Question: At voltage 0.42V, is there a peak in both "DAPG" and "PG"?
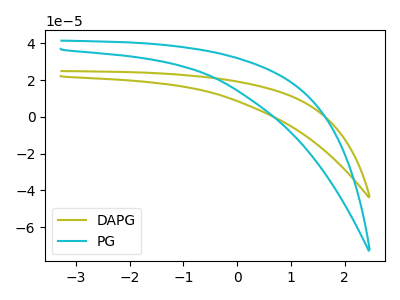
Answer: <think>The olive curve "DAPG" has no peaks. The cyan curve "PG" has no peaks.</think>
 <answer>No, "DAPG" and "PG" dont share a peak at 0.42V.</answer>
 <eval>mismatch</eval>